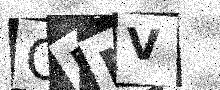
Text: ORMV